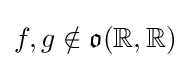
f,g\notin {\mathfrak {o}}(\mathbb {R} ,\mathbb {R} )